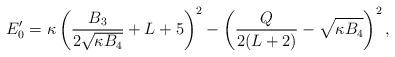
LaTeX: \begin{align*} E'_0 = \kappa \left(\frac{B_3}{2\sqrt{\kappa B_4}} + L +5\right)^2 - \left(\frac{Q}{2(L+2)} - \sqrt{\kappa B_4}\right)^2,\end{align*}